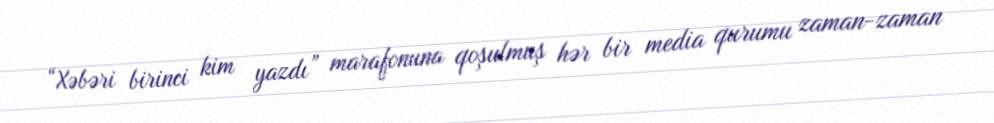
“Xəbəri birinci kim yazdı” marafonuna qoşulmuş hər bir media qurumu zaman-zaman